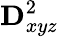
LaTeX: \mathbf{D}_{xyz}^{2}